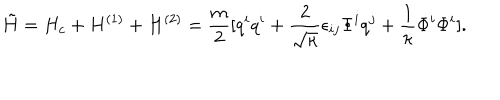
LaTeX: \tilde { H } = H _ { c } + H ^ { ( 1 ) } + H ^ { ( 2 ) } = \frac { m } { 2 } [ q ^ { i } q ^ { i } + \frac { 2 } { \sqrt { \kappa } } \epsilon _ { i j } \Phi ^ { i } q ^ { j } + \frac { 1 } { \kappa } \Phi ^ { i } \Phi ^ { i } ] .